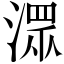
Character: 潀